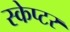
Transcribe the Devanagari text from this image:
स्केप्टर